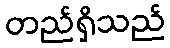
တည်ရှိသည်